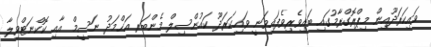
ވައިކަރަދޫއިން މިޕްރޮގްރާމުގައި ބައިވެރިވެފައިވަނީ ވައިކަރަދޫ ކައުންސިލް މެންބަރ އަޙްމަދު ނަސީމް އާއި ކޮކްނަޓްވިލާ